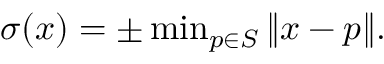
\begin{array} { r } { \sigma ( x ) = \pm \operatorname* { m i n } _ { p \in S } \| x - p \| . } \end{array}